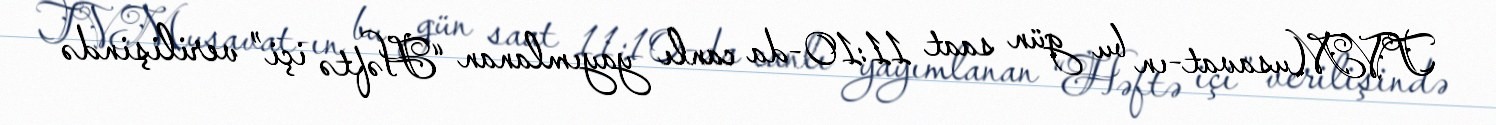
TVMusavat-ın bu gün saat 11:10-da canlı yayımlanan “Həftə içi” verilişində